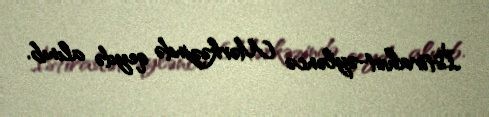
İstirahət-əyləncə Mərkəzində qeydə alınıb.